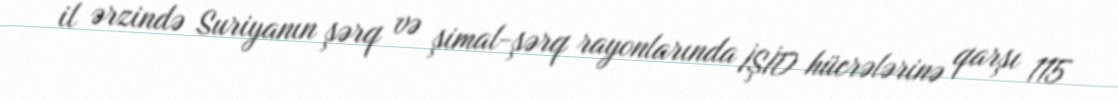
il ərzində Suriyanın şərq və şimal-şərq rayonlarında İŞİD hücrələrinə qarşı 115